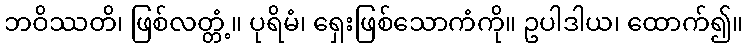
ဘဝိဿတိ၊ ဖြစ်လတ္တံ့။ ပုရိမံ၊ ရှေးဖြစ်သောကံကို။ ဥပါဒါယ၊ ထောက်၍။